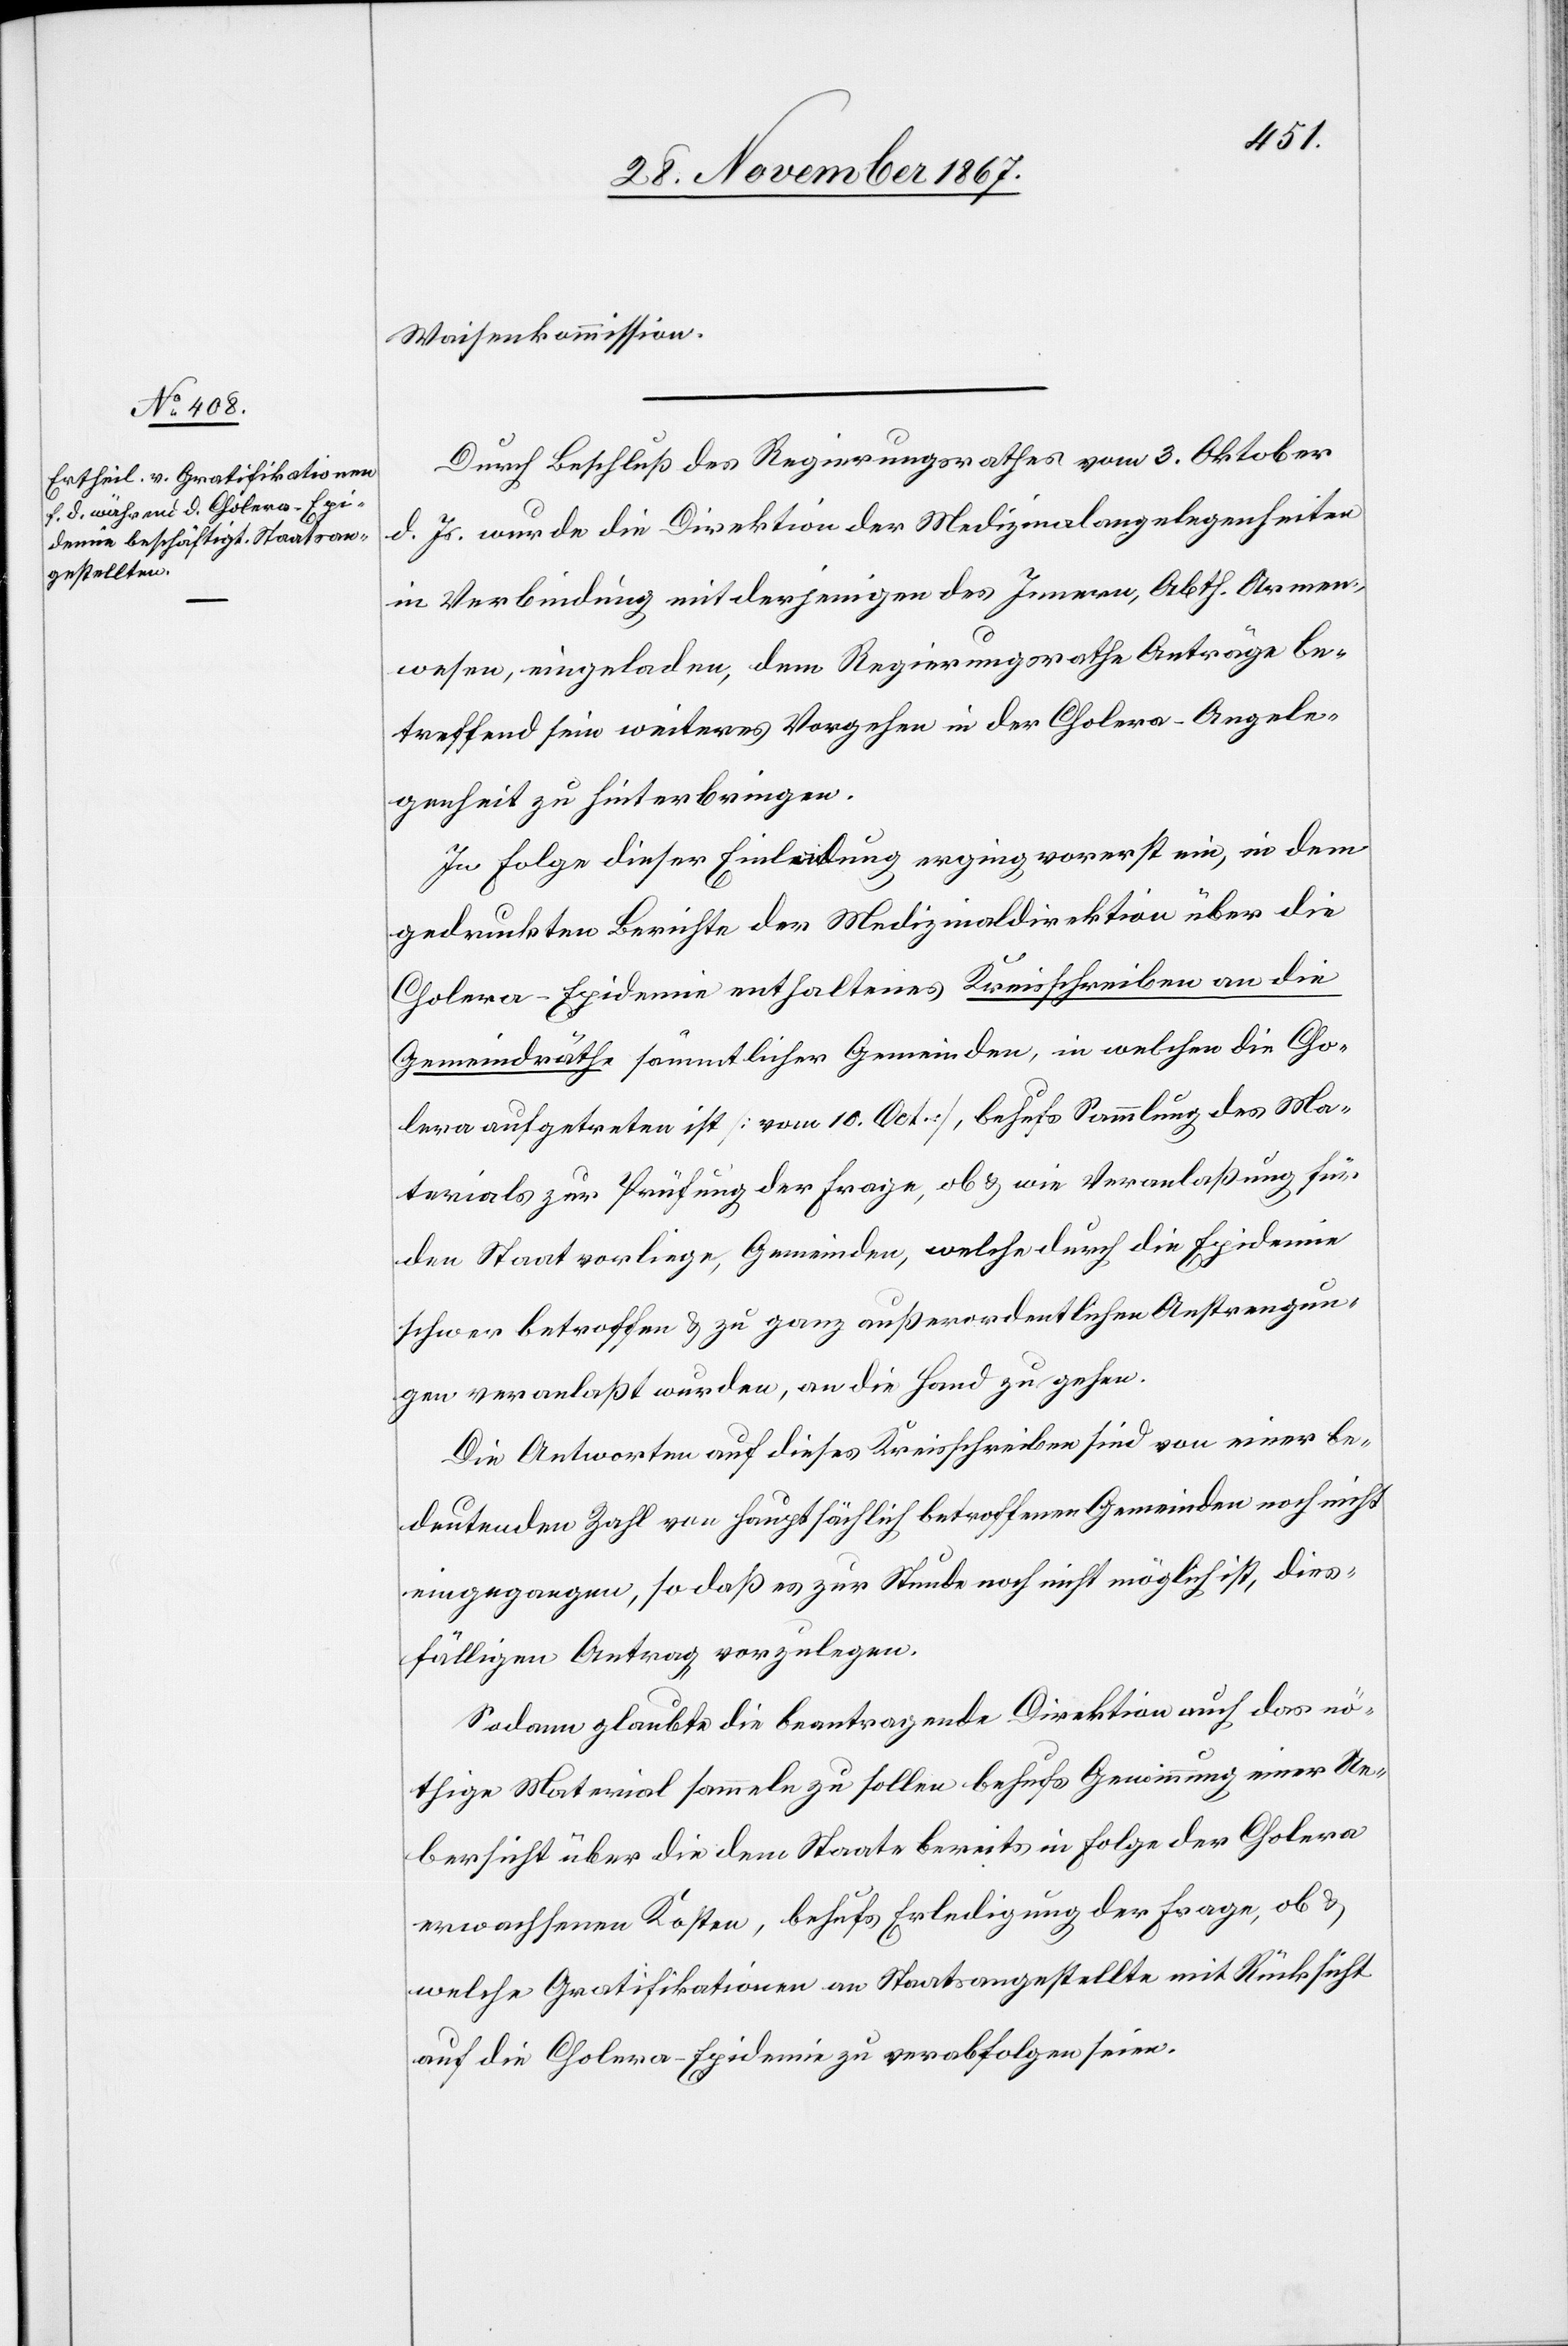
Waisenkommission.
Durch Beschluß des Regierungsrathes vom 3. Oktober
d. Js. wurde die Direktion der Medizinalangelegenheiten
in Verbindung mit derjenigen des Innern, Abth. Armen¬
wesen, eingeladen, dem Regierungsrathe Anträge be¬
treffend sein weiteres Vorgehen in der Cholera-Angele¬
genheit zu hinterbringen.
In Folge dieser Einleitung erging vorerst ein, in dem
gedruckten Berichte der Medizinaldirektion über die
Cholera-Epidemie enthaltenes Kreisschreiben an die
Gemeindräthe sämmtlicher Gemeinden, in welchen die Cho¬
lera aufgetreten ist [vom 10. Oct], behufs Sammlung des Ma¬
terials zur Prüfung der Frage, ob u. wie Veranlaßung für
den Staat vorliege, Gemeinden, welche durch die Epidemie
schwer betroffen u. zu ganz außerordentlichen Anstrengun¬
gen veranlaßt wurden, an die Hand zu gehen.
Die Antworten auf dieses Kreisschreiben sind von einer be¬
deutenden Zahl von hauptsächlich betroffenen Gemeinde noch nicht
eingegangen, so daß es zur Stunde noch nicht möglich ist, dies¬
fälligen Antrag vorzulegen.
Sodann glaubte die beantragende Direktion auch das nö¬
thige Material sammeln zu sollen behufs Gewinnung einer Ue¬
bersicht über die dem Staate bereits in Folge der Cholera
erwachsenen Kosten, behufs Erledigung der Frage, ob u.
welche Gratifikationen an Staatsangestellte mit Rücksicht
auf die Cholera-Epidemie zu verabfolgen seien.